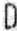
D